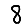
Digit: 8